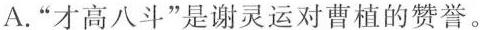
A.”才高八斗”是谢灵运对曹植的赞誉。